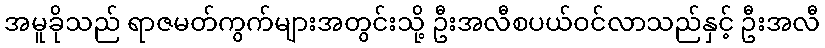
အမူခိုသည် ရာဇမတ်ကွက်များအတွင်းသို့ ဦးအလီစပယ်ဝင်လာသည်နှင့် ဦးအလီ